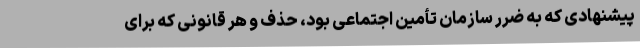
پیشنهادی که به ضرر سازمان تأمین اجتماعی بود، حذف و هر قانونی که برای